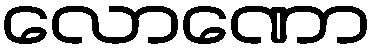
လောဏော